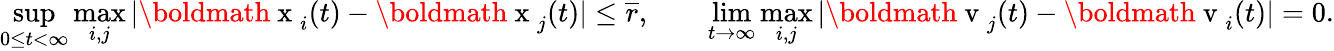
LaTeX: \operatorname*{sup}_{0\leq t<\infty}\operatorname*{max}_{i,j}|\mathrm{\boldmath~x~}_{i}(t)-\mathrm{\boldmath~x~}_{j}(t)|\leq\overline{{r}},\qquad\operatorname*{lim}_{t\to\infty}\operatorname*{max}_{i,j}|\mathrm{\boldmath~v~}_{j}(t)-\mathrm{\boldmath~v~}_{i}(t)|=0.